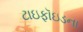
ટાઇફૉઇડના